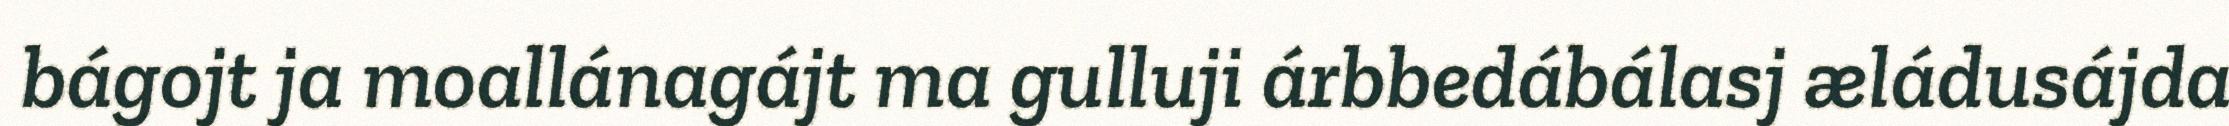
bágojt ja moallánagájt ma gulluji árbbedábálasj æládusájda